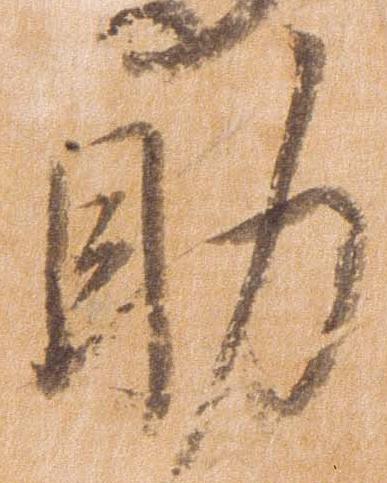
助